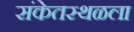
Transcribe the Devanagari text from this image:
संकेतस्थळला